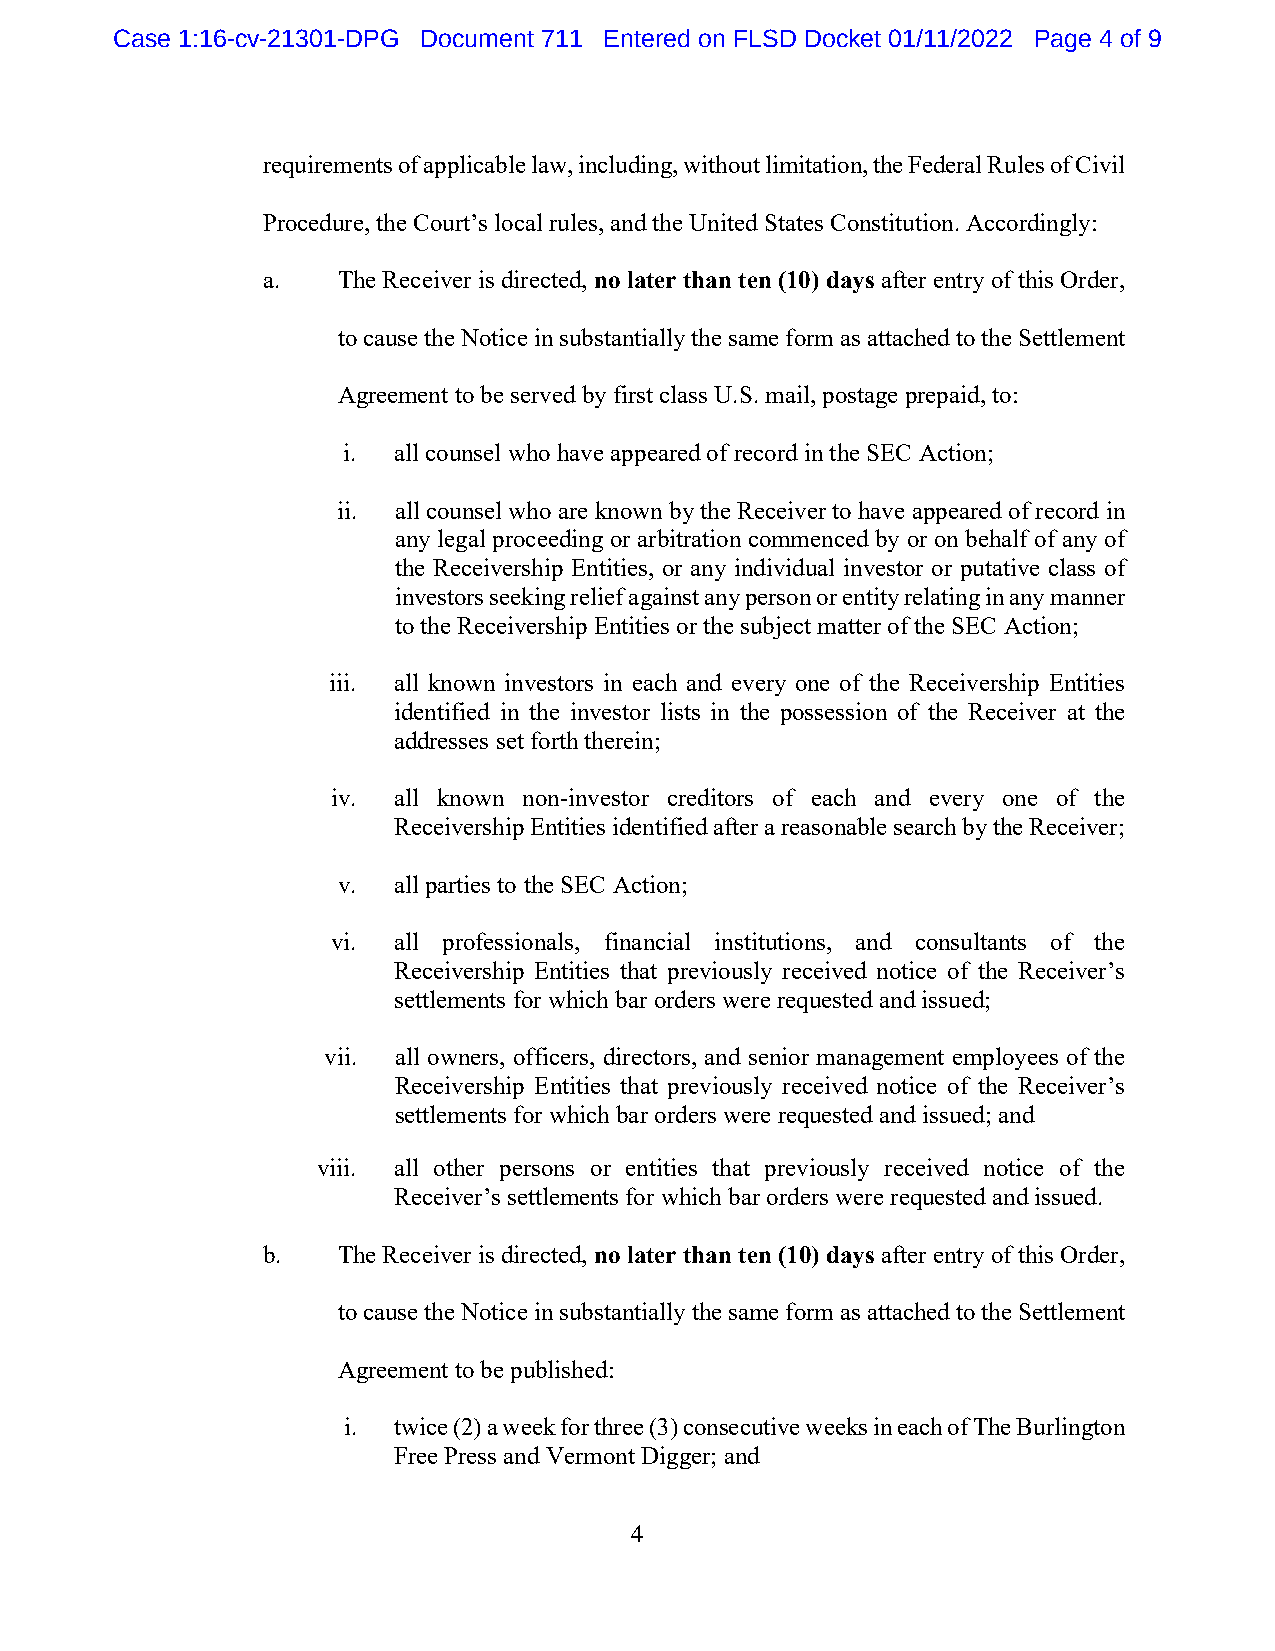
Case 1:16-cv-21301-DPG Document 711 Entered on FLSD Docket 01/11/2022 Page 4 of 9
 requirements of applicable law, including, without limitation, the Federal Rules of Civil
 Procedure, the Court’s local rules, and the United States Constitution. Accordingly:
 a.   The Receiver is directed, no later than ten (10) days after entry of this Order,
 to cause the Notice in substantially the same form as attached to the Settlement
 Agreement to be served by first class U.S. mail, postage prepaid, to:
 i. all counsel who have appeared of record in the SEC Action;
 ii. all counsel who are known by the Receiver to have appeared of record in
 any legal proceeding or arbitration commenced by or on behalf of any of
 the Receivership Entities, or any individual investor or putative class of
 investors seeking relief against any person or entity relating in any manner
 to the Receivership Entities or the subject matter of the SEC Action;
 iii. all known investors in each and every one of the Receivership Entities
 identified in the investor lists in the possession of the Receiver at the
 addresses set forth therein;
 iv. all known non-investor creditors of each and every one of the
 Receivership Entities identified after a reasonable search by the Receiver;
 v.  all parties to the SEC Action;
 vi. all professionals, financial institutions, and consultants of the
 Receivership Entities that previously received notice of the Receiver’s
 settlements for which bar orders were requested and issued;
 vii. all owners, officers, directors, and senior management employees of the
 Receivership Entities that previously received notice of the Receiver’s
 settlements for which bar orders were requested and issued; and
 viii. all other persons or entities that previously received notice of the
 Receiver’s settlements for which bar orders were requested and issued.
 b.   The Receiver is directed, no later than ten (10) days after entry of this Order,
 to cause the Notice in substantially the same form as attached to the Settlement
 Agreement to be published:
 i. twice (2) a week for three (3) consecutive weeks in each of The Burlington
 Free Press and Vermont Digger; and
 4